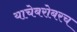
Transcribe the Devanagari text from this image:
याचेबरोबरच